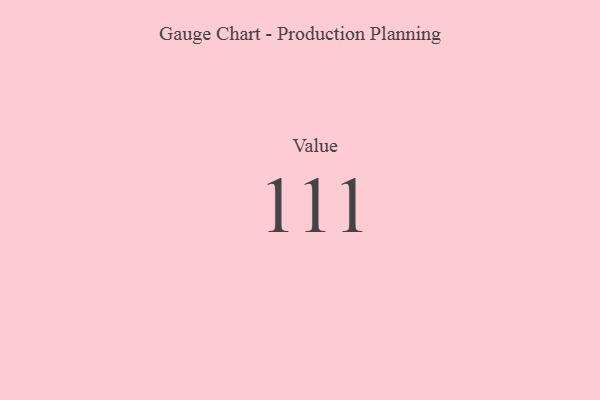
{"axis": {"x": "Metric", "y": "Value"}, "legend": [""], "data": [{"x": "Value", "y": 111, "type": ""}]}